65_HS1-834228961_62-HQ-83894_Section_4
Agency: FBI
Page 155
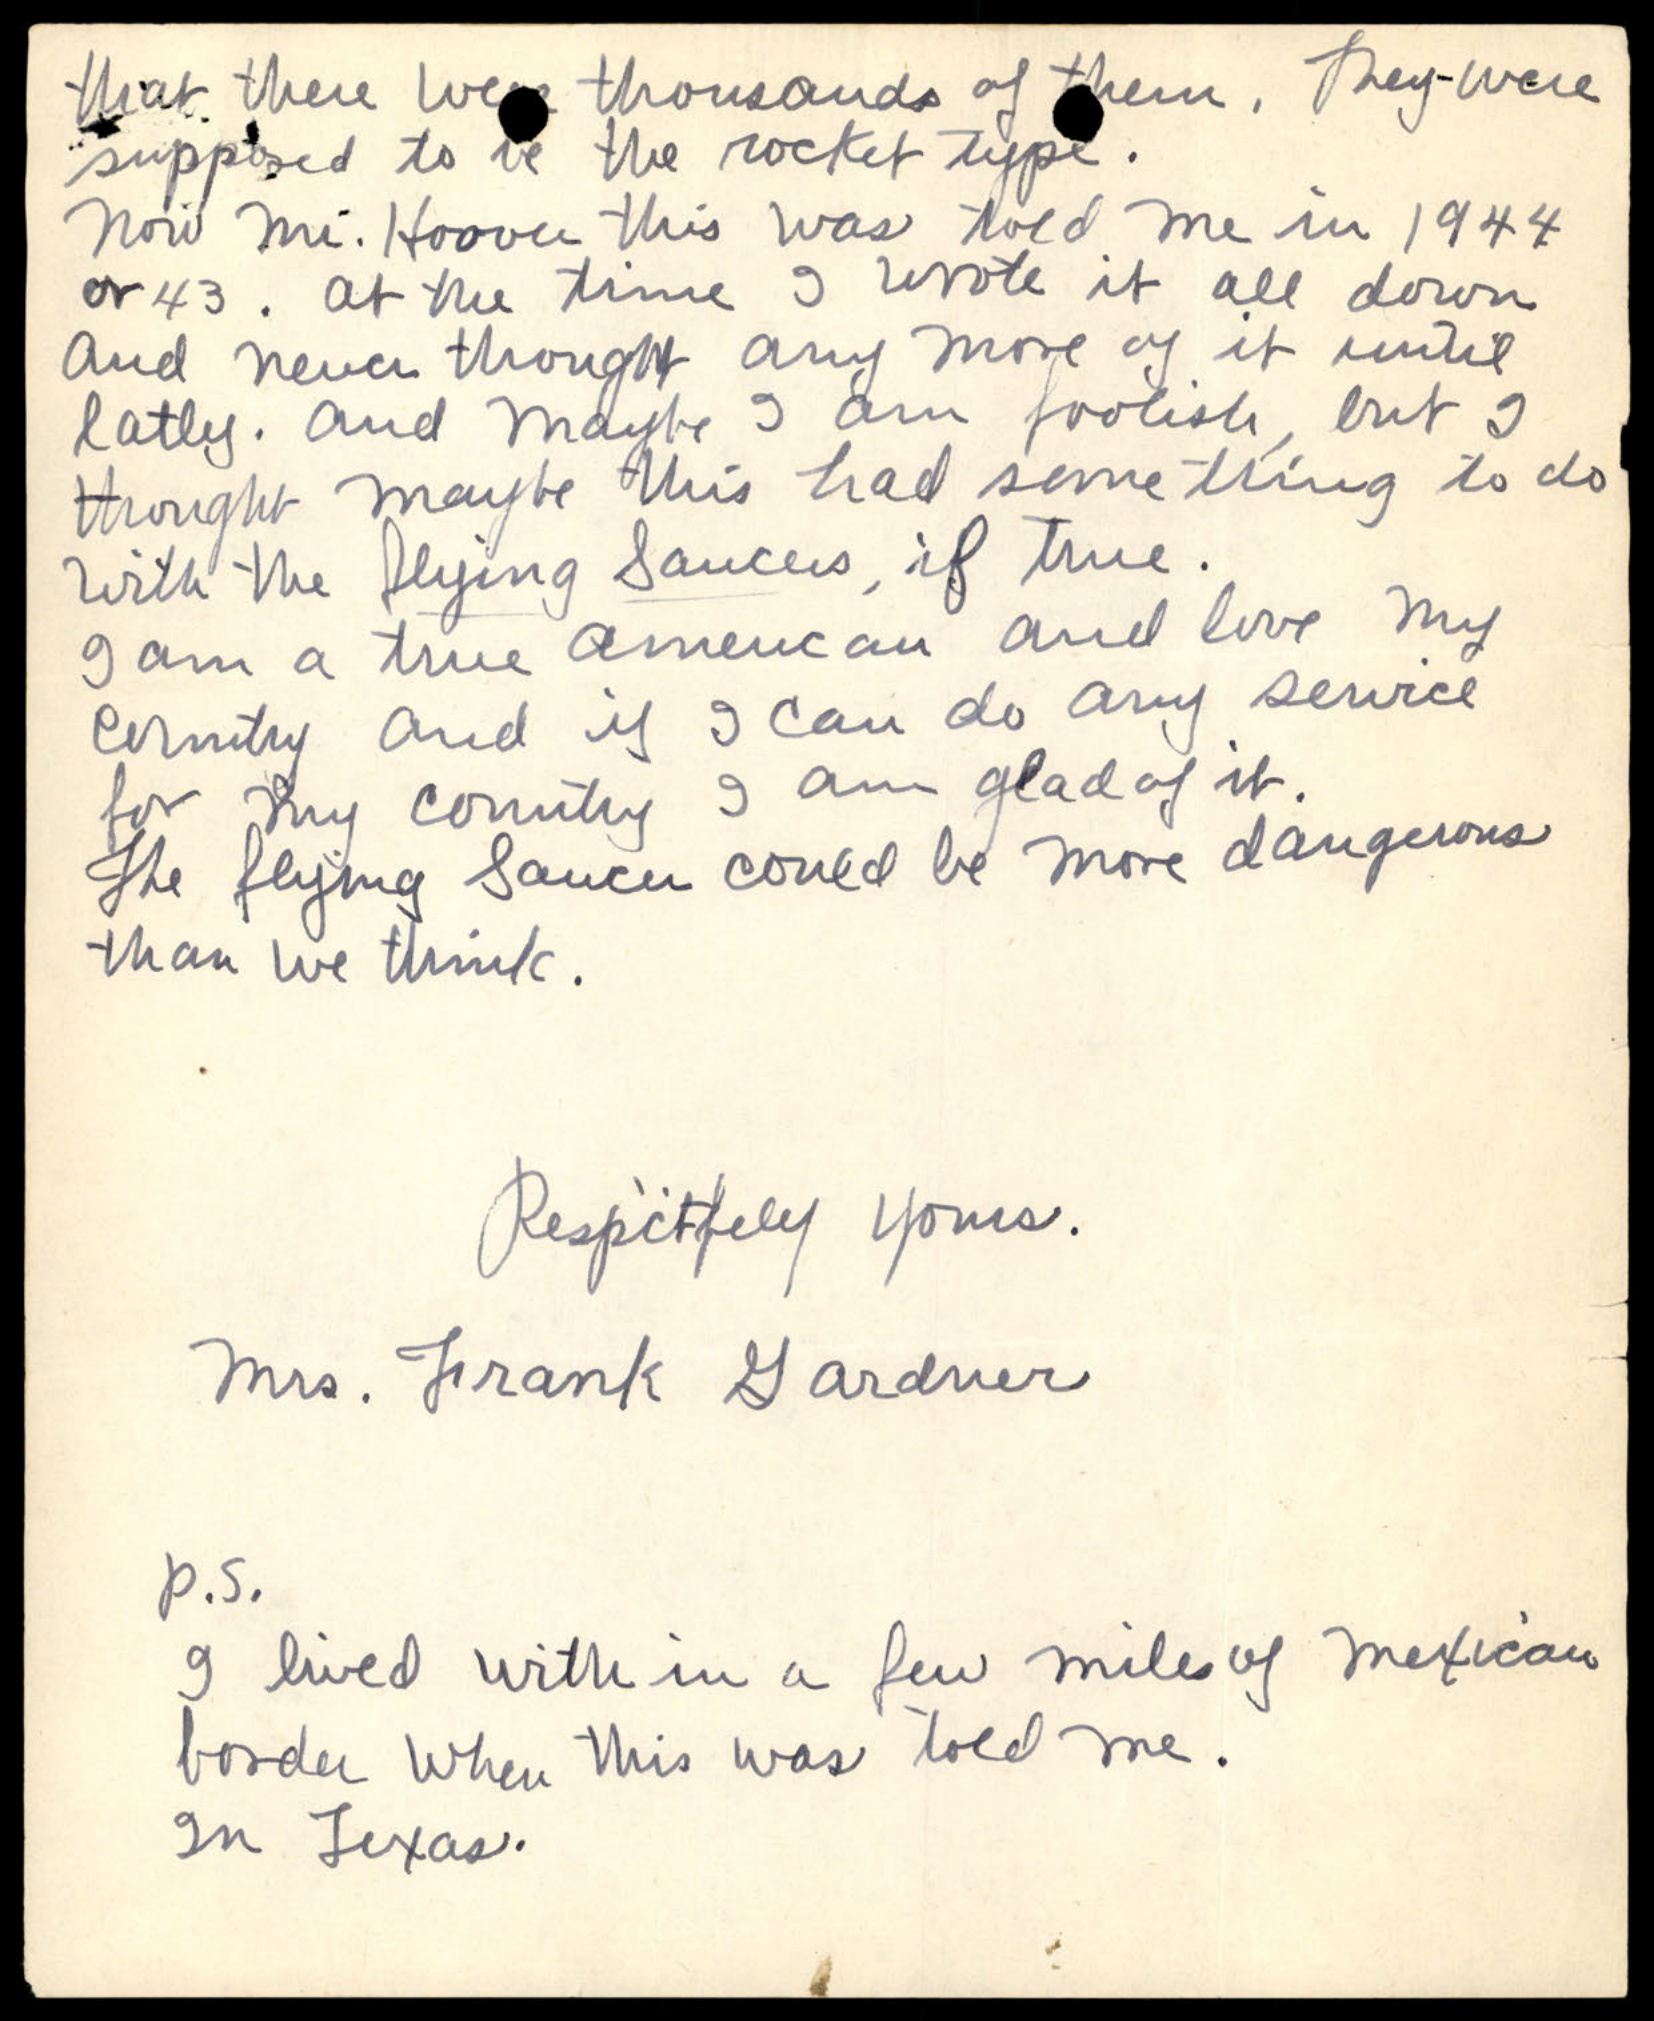